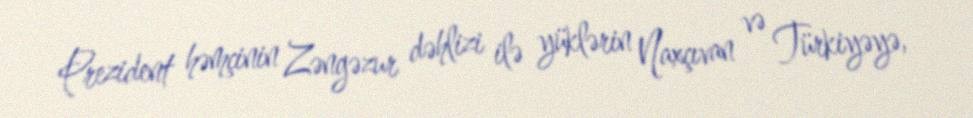
Prezident həmçinin Zəngəzur dəhlizi ilə yüklərin Naxçıvan və Türkiyəyə,